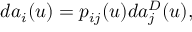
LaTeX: d a _ { i } ( u ) = p _ { i j } ( u ) d a _ { j } ^ { D } ( u ) ,